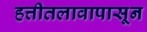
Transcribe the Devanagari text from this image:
हत्तीतलावापासून